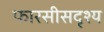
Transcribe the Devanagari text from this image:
फारसीसदृश्य